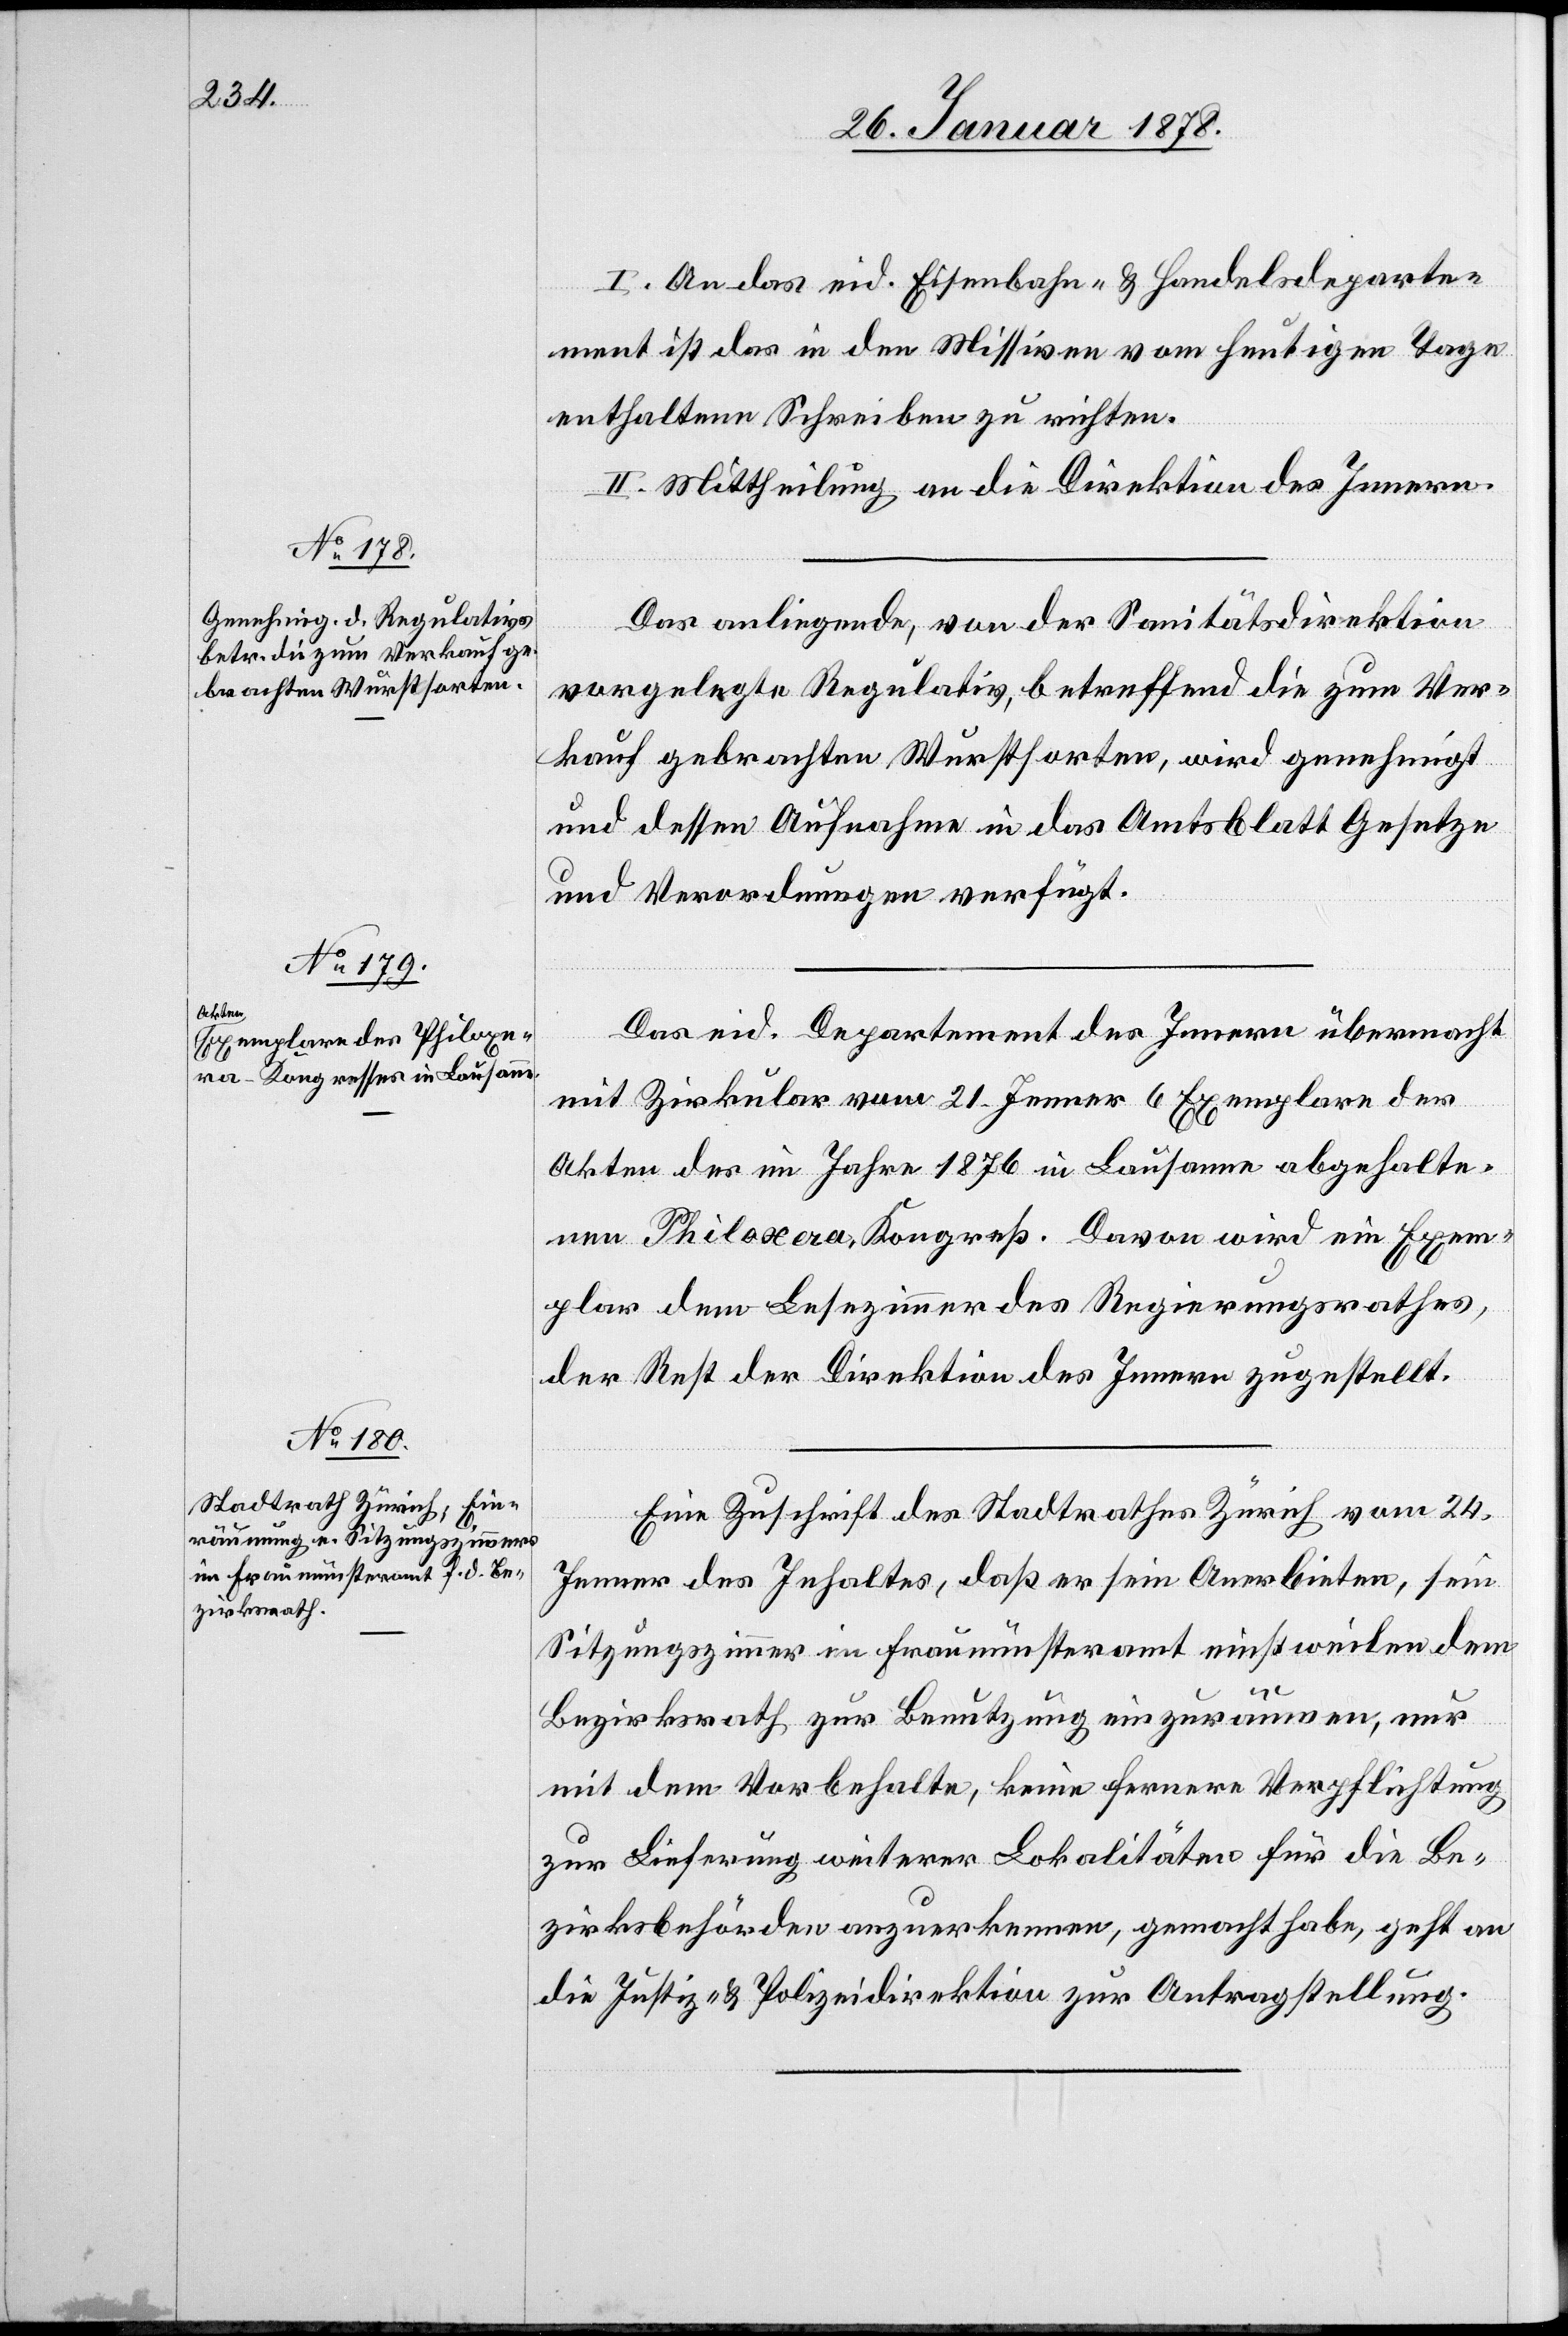
I. An das eid. Eisenbahn- & Handelsdeparte¬
ment ist das in den Missiven vom heutigen Tage
enthaltene Schreiben zu richten.
II. Mittheilung an die Direktion des Innern.
Das vorliegende, von der Sanitätsdirektion
vorgelegte Regulativ, betreffend die zum Ver¬
kauf gebrachten Wurstsorten, wird genehmigt
und dessen Aufnahme in das Amtsblatt Gesetze
und Verordnungen verfügt.
Das eid. Departement des Innern übermacht
mit Zirkular vom 21. Jenner 6 Exemplare der
Akten des im Jahre 1876 in Lausanne abgehalte¬
nen Philoxera-Kongreß. Davon wird ein Exem¬
plar dem Lesezimmer des Regierungsrathes,
der Rest der Direktion des Innern zugestellt.
Eine Zuschrift des Stadtrathes Zürich vom 24.
Jenner des Inhaltes, daß er sein Anerbieten, sein
Sitzungszimmer im Fraumünsteramt einstweilen dem
Bezirksrath zur Benutzung einzuräumen, nur
mit dem Vorbehalte, keine fernere Verpflichtung
zur Lieferung weiterer Lokalitäten für die Be¬
zirksbehörden anzuerkennen, gemacht habe, geht an
die Justiz- & Polizeidirektion zur Antragstellung.